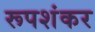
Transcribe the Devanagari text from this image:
रूपशंकर